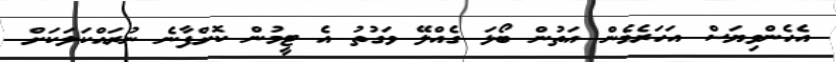
އެހެންވިޔަސް އަހަރެމެން އަތުން ބޯޅަ ގެއްލޭ ވަގުތު އެ ޓީމުން ކޮށްފާނެ ނުރައްކަލަކަށް